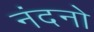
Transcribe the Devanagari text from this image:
नंदनो